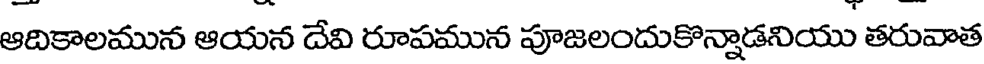
ఆదికాలమున ఆయన దేవి రూపమున పూజలందుకొన్నాడనియు తరువాత